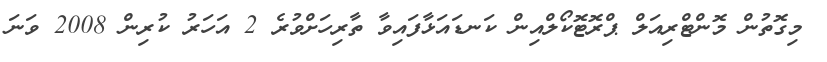
މިގޮތުން މޮންޓްރިއަލް ޕްރޮޓޮކޯލްއިން ކަނޑައަޅާފައިވާ ތާރިހަށްވުރެ 2 އަހަރު ކުރިން 2008 ވަނަ